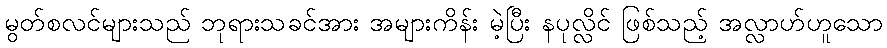
မွတ်စလင်များသည် ဘုရားသခင်အား အများကိန်း မဲ့ပြီး နပုလ္လိင် ဖြစ်သည့် အလ္လာဟ်ဟူသော